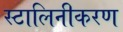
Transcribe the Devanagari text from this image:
स्टालिनीकरण